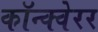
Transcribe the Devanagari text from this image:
कॉन्क्वेरर